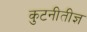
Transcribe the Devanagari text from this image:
कुटनीतीज्ञ